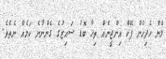
މެން ހެދިހެން ފޭކް އިންޖީނެއް ތިހާ ބޮޑު ސައިޒުގެ ގެންނާނެ ކަމެއް ނެތެވެ.